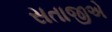
સતાજીએ